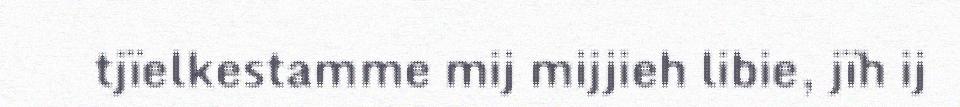
tjïelkestamme mij mijjieh libie, jïh ij